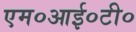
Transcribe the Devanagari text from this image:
एम०आई०टी०